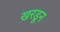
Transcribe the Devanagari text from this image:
खरडून